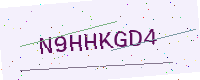
Text: N9HHKGD4